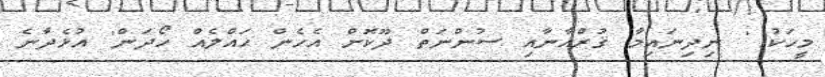
މީހަކު ' ނިދިނައިމާ ޤުރްއާނާއި ސުންނަތް ދޫކޮށް އެހެން ޙައްލެއް ހޯދަން' އުޅެދާނެ